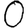
Digit: 0